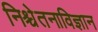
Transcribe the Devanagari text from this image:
निश्चेतनाविज्ञान